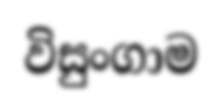
විසුංගාම